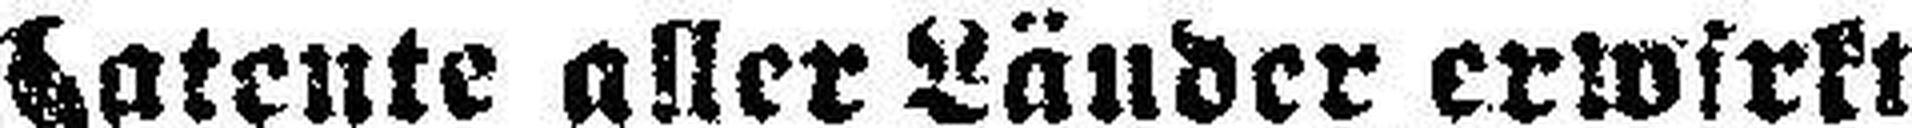
Patente aller Länder erwirkt